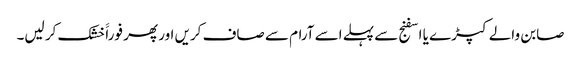
صابن والے کپڑے یا اسفنج سے پہلے اسے آرام سے صاف کریں اور پھر فوراََ خشک کر لیں۔